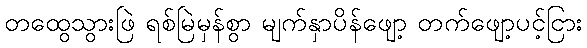
တထွေသွားဖြဲ ရစ်မြဲမှန်စွာ မျက်နှာပိန်ဖျော့ တက်ဖျော့ပင့်ငြား